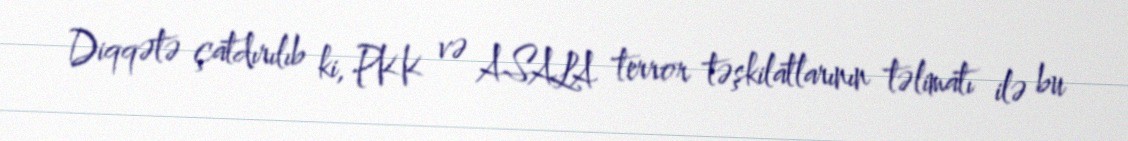
Diqqətə çatdırılıb ki, PKK və ASALA terror təşkilatlarının təlimatı ilə bu